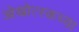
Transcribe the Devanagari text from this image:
ओखोत्स्कच्या